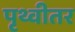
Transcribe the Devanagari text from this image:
पृथ्वीतर